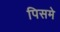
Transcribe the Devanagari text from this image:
पिसमे